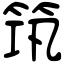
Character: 筑